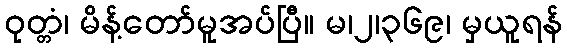
ဝုတ္တံ၊ မိန့်တော်မူအပ်ပြီ။ မ၊၂၊၃၆၉၊ မှယူရန်